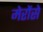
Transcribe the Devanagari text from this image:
मेरोंसे